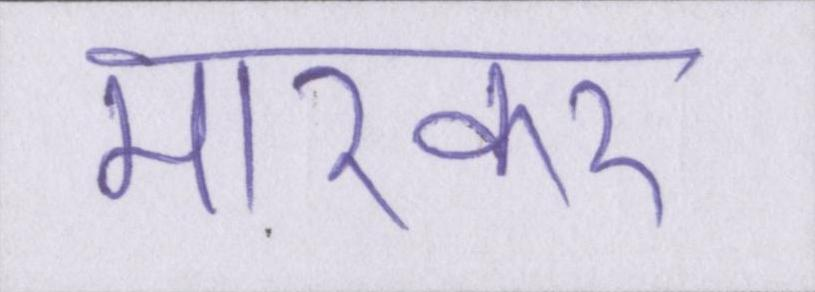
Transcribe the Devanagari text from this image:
मारकर